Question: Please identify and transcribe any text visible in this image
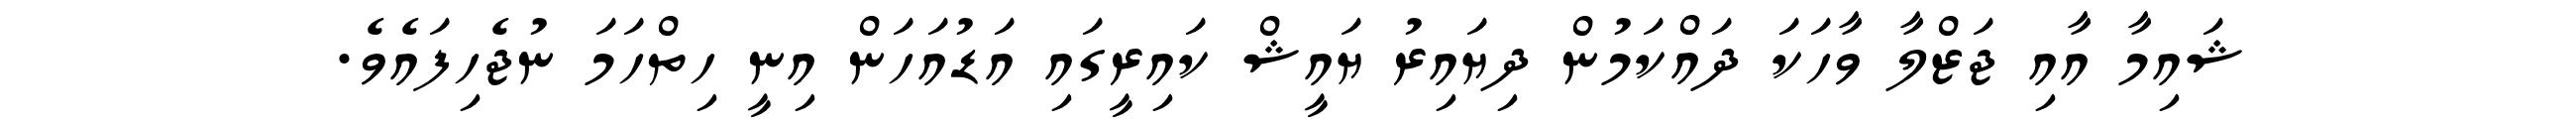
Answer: ޝައިމާ އާއި ޖަޒްލާ ވާހަކަ ދައްކަމުން ދިޔައިރު ޔައީޝް ކައިރީގައި އަޑުއަހަން އިނީ ހިތްހަމަ ނުޖެހިފައެވެ.